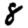
Digit: 8